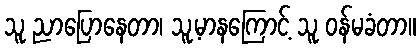
သူ ညာပြောနေတာ၊ သူ့မာနကြောင့် သူ ဝန်မခံတာ။